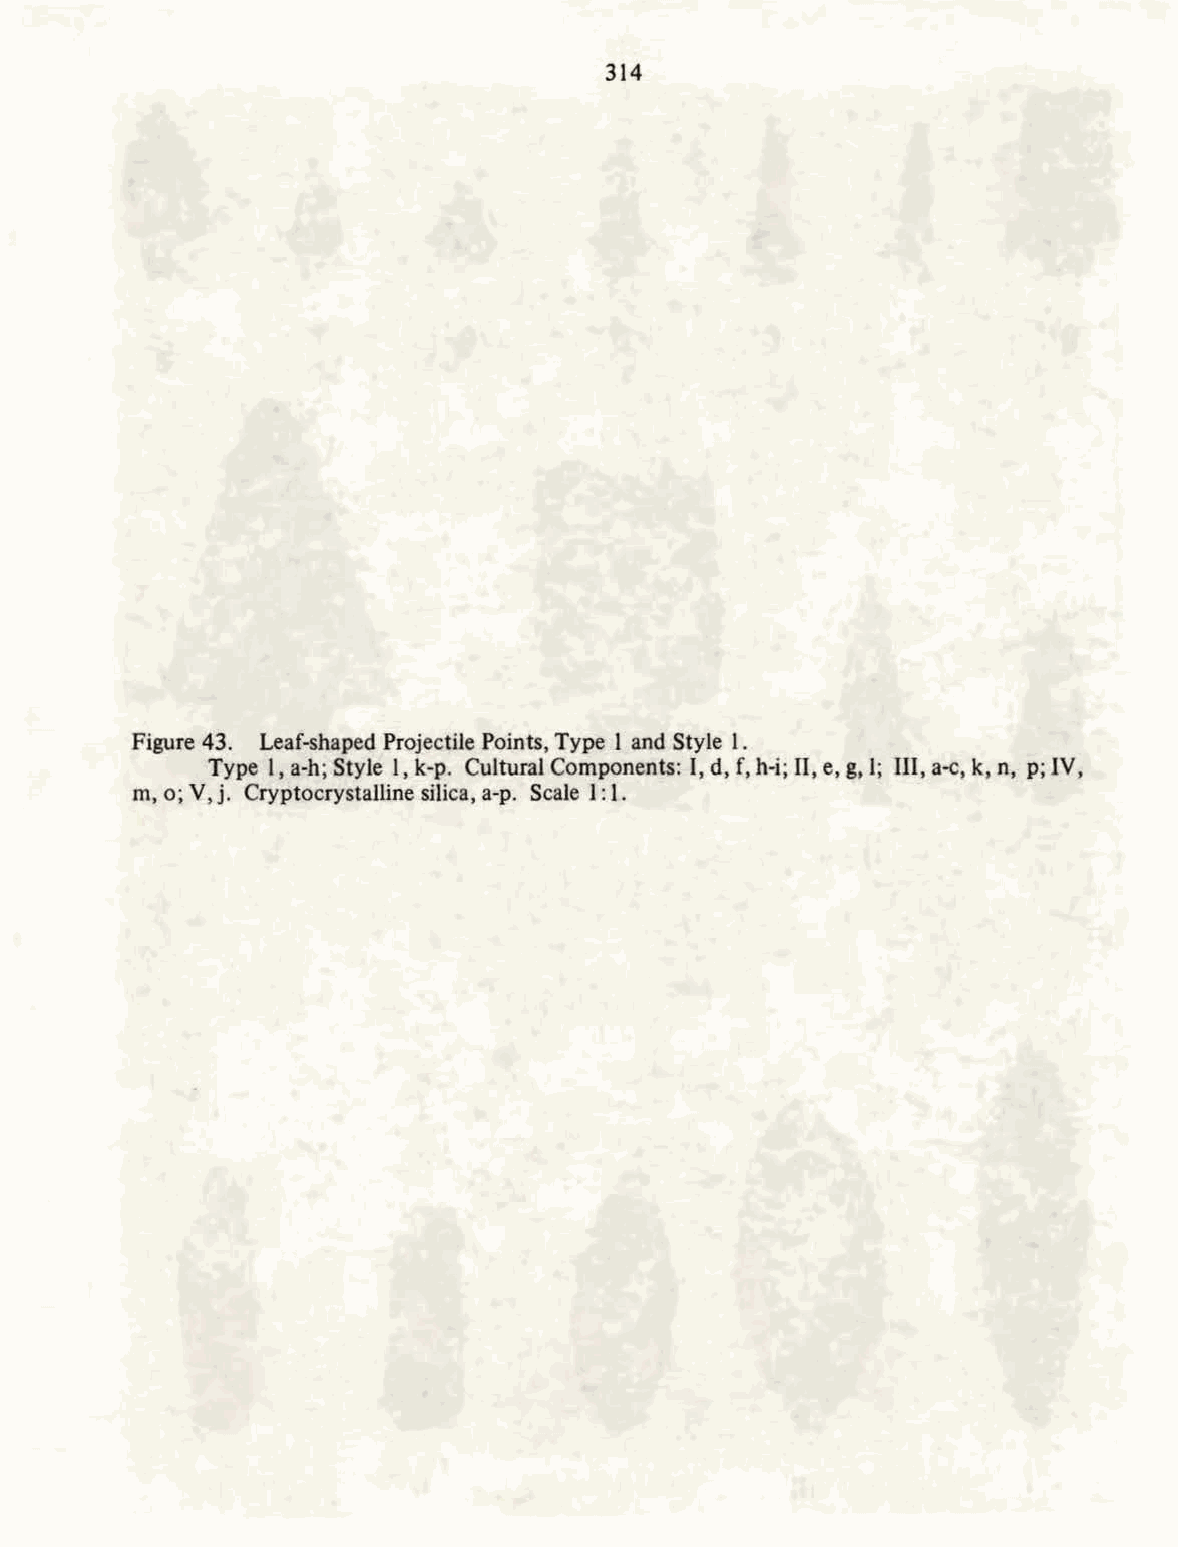
314
 Figure 43. Leaf-shaped Projectile Points, Type 1 and Style 1.
 Type 1, a-h; Style 1, k-p. Cultural Components: I, d, f, h-i; IT, e, g, 1; III, a-c, k, n, p; IV,
 m, o; V, j. Cryptocrystalline silica, a-p. Scale 1: 1.